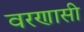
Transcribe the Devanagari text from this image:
वरणासी